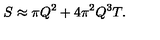
S \approx \pi Q ^ { 2 } + 4 \pi ^ { 2 } Q ^ { 3 } T .